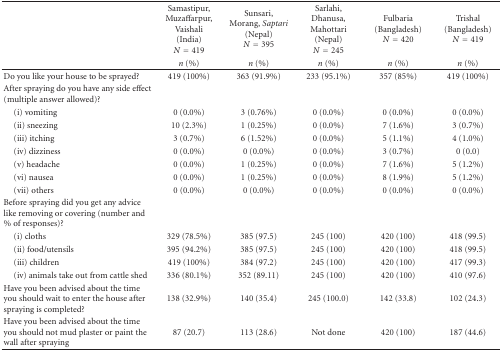
<table><thead><tr><td rowspan="2"></td><td><b>Samastipur, Muzaffarpur, Vaishali(India)<i>N</i> = 419</b></td><td><b>Sunsari, Morang, <i>Saptari </i>(Nepal)<i>N</i> = 395</b></td><td><b>Sarlahi, Dhanusa, Mahottari(Nepal)<i>N</i> = 245</b></td><td><b>Fulbaria(Bangladesh) <i>N</i> = 420</b></td><td><b>Trishal(Bangladesh) <i>N</i> = 419</b></td></tr><tr><td><b><i>n</i> (%)</b></td><td><b><i>n</i> (%)</b></td><td><b><i>n</i> (%)</b></td><td><b><i>n</i> (%)</b></td><td><b><i>n</i> (%)</b></td></tr></thead><tbody><tr><td>Do you like your house to be sprayed?</td><td>419 (100%)</td><td>363 (91.9%)</td><td>233 (95.1%)</td><td>357 (85%)</td><td>419 (100%)</td></tr><tr><td>After spraying do you have any side effect (multiple answer allowed)?</td><td></td><td></td><td></td><td></td><td></td></tr><tr><td> (i) vomiting</td><td>0 (0.0%)</td><td>3 (0.76%)</td><td>0 (0.0%)</td><td>0 (0.0%)</td><td>0 (0.0%)</td></tr><tr><td> (ii) sneezing</td><td>10 (2.3%)</td><td>1 (0.25%)</td><td>0 (0.0%)</td><td>7 (1.6%)</td><td>3 (0.7%)</td></tr><tr><td> (iii) itching</td><td>3 (0.7%)</td><td>6 (1.52%)</td><td>0 (0.0%)</td><td>5 (1.1%)</td><td>4 (1.0%)</td></tr><tr><td> (iv) dizziness</td><td>0 (0.0%)</td><td>0 (0.0%)</td><td>0 (0.0%)</td><td>3 (0.7%)</td><td>0 (0.0)</td></tr><tr><td> (v) headache</td><td>0 (0.0%)</td><td>1 (0.25%)</td><td>0 (0.0%)</td><td>7 (1.6%)</td><td>5 (1.2%)</td></tr><tr><td> (vi) nausea</td><td>0 (0.0%)</td><td>1 (0.25%)</td><td>0 (0.0%)</td><td>8 (1.9%)</td><td>5 (1.2%)</td></tr><tr><td> (vii) others</td><td>0 (0.0%)</td><td>0 (0.0%)</td><td>0 (0.0%)</td><td>0 (0.0%)</td><td>0 (0.0%)</td></tr><tr><td>Before spraying did you get any advice like removing or covering (number and % of responses)?</td><td></td><td></td><td></td><td></td><td></td></tr><tr><td> (i) cloths</td><td>329 (78.5%)</td><td>385 (97.5)</td><td>245 (100)</td><td>420 (100)</td><td>418 (99.5)</td></tr><tr><td> (ii) food/utensils</td><td>395 (94.2%)</td><td>385 (97.5)</td><td>245 (100)</td><td>420 (100)</td><td>418 (99.5)</td></tr><tr><td> (iii) children</td><td> 419 (100%)</td><td>384 (97.2)</td><td>245 (100)</td><td>420 (100)</td><td>417 (99.3)</td></tr><tr><td> (iv) animals take out from cattle shed</td><td>336 (80.1%)</td><td>352 (89.11)</td><td>245 (100)</td><td>420 (100)</td><td>410 (97.6)</td></tr><tr><td>Have you been advised about the time you should wait to enter the house after spraying is completed?</td><td>138 (32.9%)</td><td>140 (35.4)</td><td>245 (100.0)</td><td>142 (33.8)</td><td>102 (24.3)</td></tr><tr><td>Have you been advised about the time you should not mud plaster or paint the wall after spraying</td><td> 87 (20.7)</td><td>113 (28.6)</td><td>Not done</td><td>420 (100)</td><td>187 (44.6)</td></tr></tbody></table>